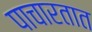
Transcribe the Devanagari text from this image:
पाचारतात